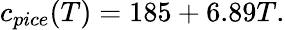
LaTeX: c_{pice}(T)=185+6.89T.